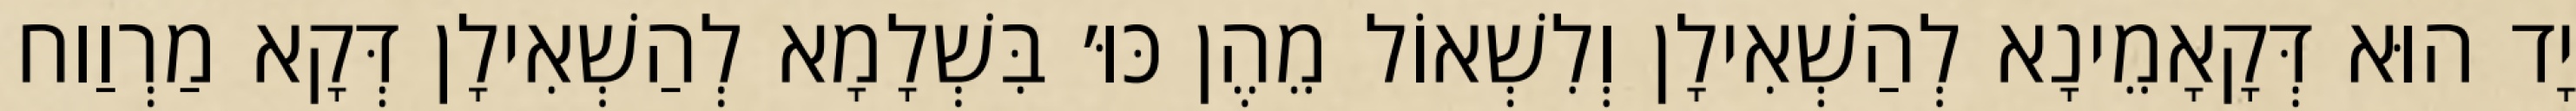
יָד הוּא דְּקָאָמֵינָא לְהַשְׁאִילָן וְלִשְׁאוֹל מֵהֶן כּוּ׳ בִּשְׁלָמָא לְהַשְׁאִילָן דְּקָא מַרְוַוח